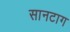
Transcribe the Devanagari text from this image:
सानटाग